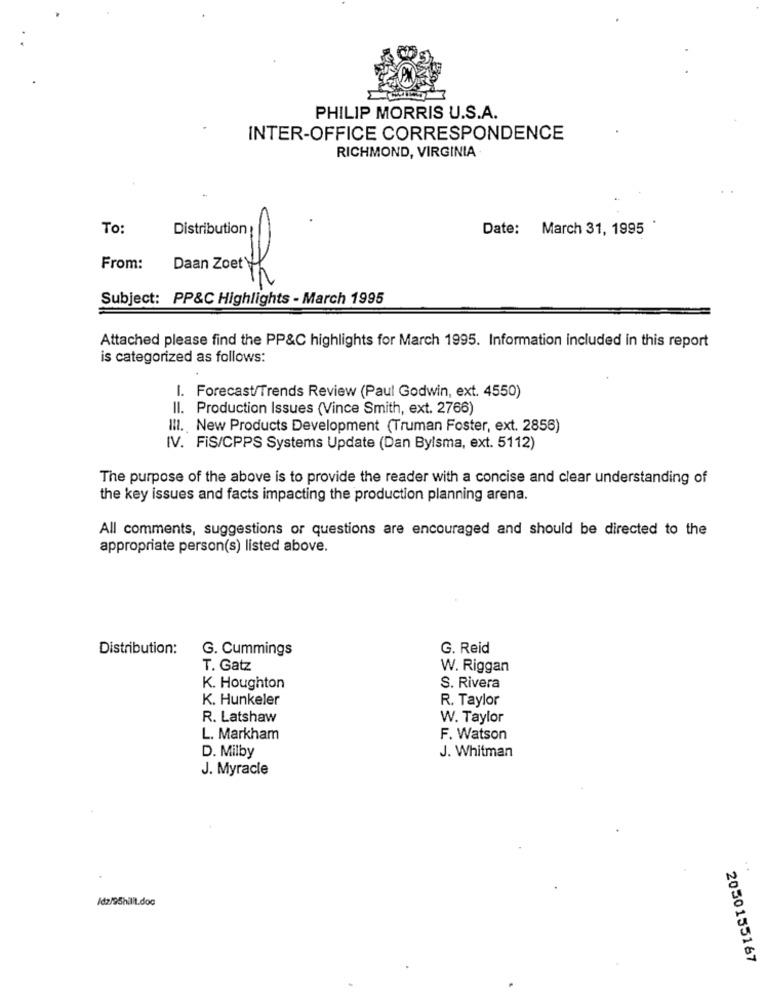
PHILIP MORRIS U.S.A.
INTER-OFFICE CORRESPONDENCE
RICHMOND, VIRGINIA.
To:
Distribution!
Date: March 31, 1995 *
From:
Daan Zoet th
Subject: PP&C Highlights - March 1995
Attached please find the PP&C highlights for March 1995. Information included in this report
is categorized as follows:
I. Forecast/Trends Review (Paul Godwin, ext. 4550)
Il. Production Issues (Vince Smith, ext. 2766)
III. New Products Development (Truman Foster, ext. 2856)
IV. FIS/CPPS Systems Update (Dan Bylsma, ext. 5112)
The purpose of the above is to provide the reader with a concise and clear understanding of
the key issues and facts impacting the production planning arena.
All comments, suggestions or questions are encouraged and should be directed to the
appropriate person(s) listed above.
Distribution:
G. Cummings
G. Reid
T. Gatz
W. Riggan
K. Houghton
S. Rivera
K. Hunkeler
R. Taylor
R. Latshaw
W. Taylor
L. Markham
F. Watson
D. Milby
J. Whitman
J. Myracle
..
/d2/95hilit.doc
2050155167